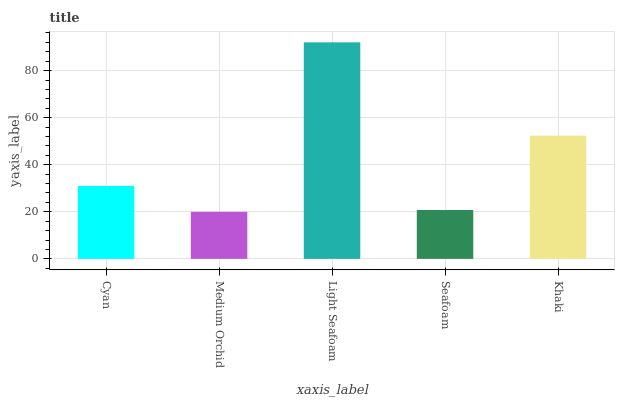
| xaxis_label | bars |
 | --- | --- |
 | Cyan | 31 |
 | Medium Orchid | 20 |
 | Light Seafoam | 92 |
 | Seafoam | 20.8 |
 | Khaki | 52.4 |